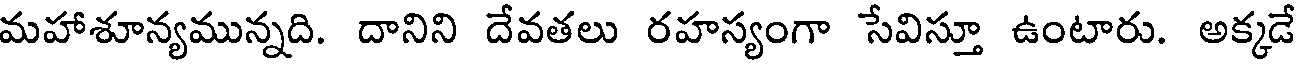
మహాశూన్యమున్నది. దానిని దేవతలు రహస్యంగా సేవిస్తూ ఉంటారు. అక్కడే